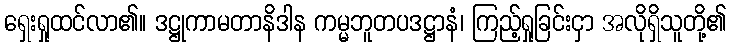
ရှေးရှုထင်လာ၏။ ဒဋ္ဌုကာမတာနိဒါန ကမ္မဘူတပဒဋ္ဌာနံ၊ ကြည့်ရှုခြင်းငှာ အလိုရှိသူတို့၏